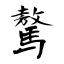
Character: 驁